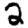
Digit: 2